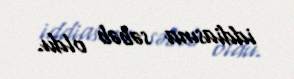
iddiasına səbəb oldu.